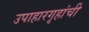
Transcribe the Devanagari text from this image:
उपाहारगृहांची